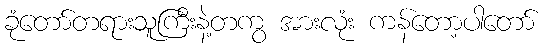
ခုံတော်တရားသူကြီးနဲ့တကွ အားလုံး ကန်တော့ပါတော်